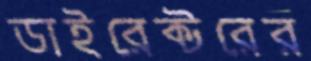
ডাইরেক্টরের